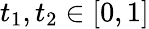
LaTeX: t_{1},t_{2}\in[0,1]